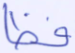
فظا